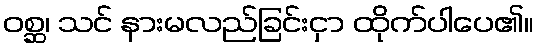
ဝစ္ဆ၊ သင် နားမလည်ခြင်းငှာ ထိုက်ပါပေ၏။